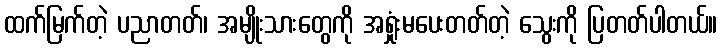
ထက်မြက်တဲ့ ပညာတတ်၊ အမျိုးသားတွေကို အရှုံးမပေးတတ်တဲ့ သွေးကို ပြတတ်ပါတယ်။